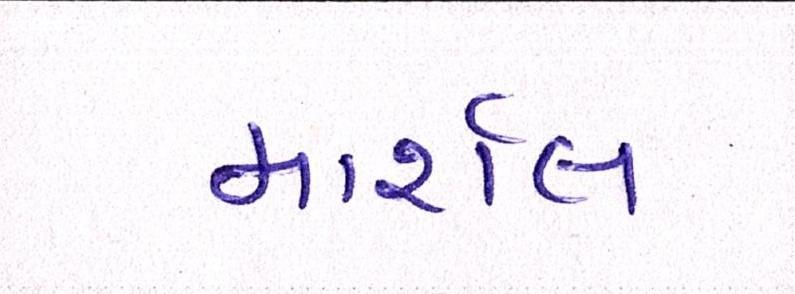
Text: માર્શલ